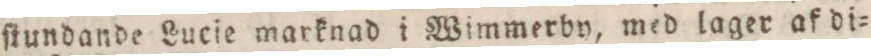
ſtundande Lucie marknad i Wimmerby, med lager af di=